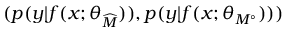
( p ( y | f ( x ; \theta _ { \widehat { M } } ) ) , p ( y | f ( x ; \theta _ { M ^ { \circ } } ) ) )